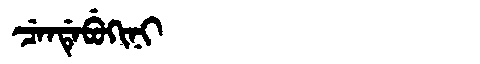
Manchu: ᠴᡝᠨᡩᡝᠪᡠᡴᡳᠨᡳ
Romanization: CENDEBUKINI